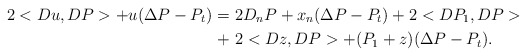
\begin{align*}2<Du,DP> + u(\Delta P -P_t) =\ & 2 D_n P + x_n(\Delta P - P_t) + 2 <DP_1,DP>\\+\ & 2 <Dz,DP> + (P_1 + z)(\Delta P -P_t).\end{align*}